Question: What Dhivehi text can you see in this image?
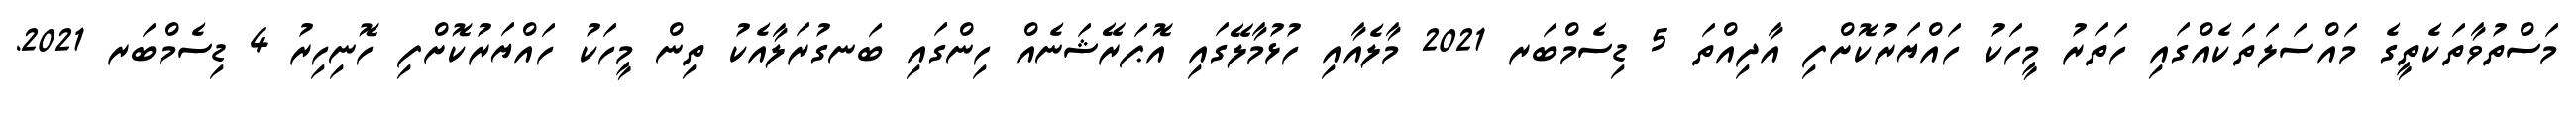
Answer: މަސްތުވާތަކެތީގެ މައްސަލަތަކެއްގައި ހަތަރު މީހަކު ހައްޔަރުކޮށްފި އާދިއްތަ 5 ޑިސެމްބަރ 2021 މާލެއާއި ހުޅުމާލޭގައި އޮޕަރޭޝަނެއް ހިންގައި ބަނގުރަލާއެކު ތިން މީހަކު ހައްޔަރުކޮށްފި ހޮނިހިރު 4 ޑިސެމްބަރ 2021.